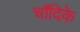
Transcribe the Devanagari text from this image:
चाँदिके